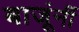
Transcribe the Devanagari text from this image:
बाजूंनीं